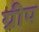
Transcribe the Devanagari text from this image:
ग्रीप